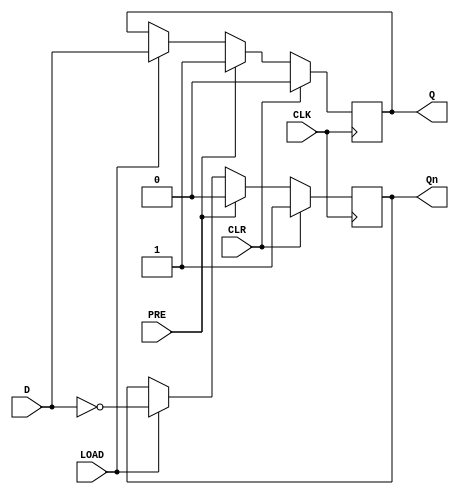
module synchronous_load_d_ff (
   input wire D,
   input wire CLK,
   input wire LOAD,
   input wire CLR,
   input wire PRE,
   output wire Q,
   output wire Qn
);

   reg Q, Qn;

   always @ (posedge CLK) begin
      if (CLR) begin
         Q <= 1'b0;
         Qn <= 1'b1;
      end else if (PRE) begin
         Q <= 1'b1;
         Qn <= 1'b0;
      end else if (LOAD) begin
         Q <= D;
         Qn <= ~D;
      end
   end

endmodule